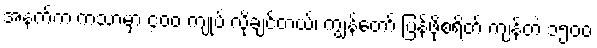
အနက်က ကသာမှာ ၄၀၀ ကျုပ် လိုချင်တယ်၊ ကျွန်တော် ပြန်ဖို့စရိတ် ကျန်တဲ့ ၁၅၀၀